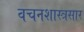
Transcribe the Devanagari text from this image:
वचनशास्त्रसार